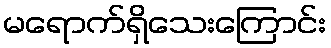
မရောက်ရှိသေးကြောင်း